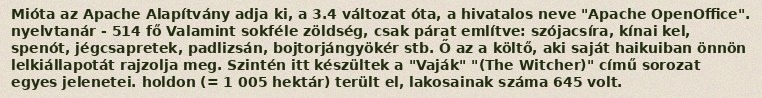
Mióta az Apache Alapítvány adja ki, a 3.4 változat óta, a hivatalos neve "Apache OpenOffice". nyelvtanár -  514 fő Valamint sokféle zöldség, csak párat említve: szójacsíra, kínai kel, spenót, jégcsapretek, padlizsán, bojtorjángyökér stb. Ő az a költő, aki saját haikuiban önnön lelkiállapotát rajzolja meg. Szintén itt készültek a "Vaják" "(The Witcher)" című sorozat egyes jelenetei. holdon (= 1 005 hektár) terült el, lakosainak száma 645 volt.